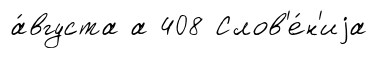
а́вгуста а 408 Слов'е́н'иjа